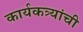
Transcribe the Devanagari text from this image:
कार्यकत्र्यांची